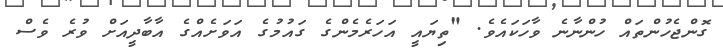
ގޮންޖެހުންތައް ހުންނާނެ ވާހަކައެވެ. "ތިޔައީ އަހަރެމެންގެ ގައުމުގެ އަވަށެއްގެ އާބާދީއަށް ވުރެ ވެސް